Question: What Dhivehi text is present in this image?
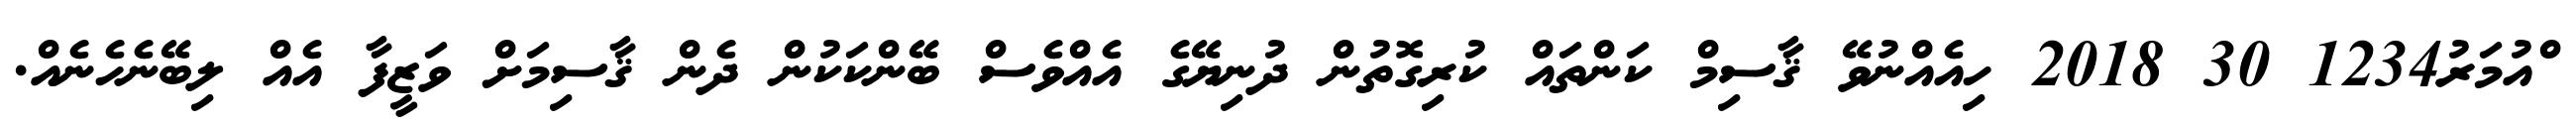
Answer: ްއުމަރު1234 30 2018 ހިއެއްނުވޭ ޤާސިމް ކަންތައް ކުރިގޮތުން ދުނިޔޭގެ އެއްވެސް ބޭންކަކުން ދެން ޤާސިމަށް ވަޒީފާ އެއް ލިބޭނެހެނެއް.